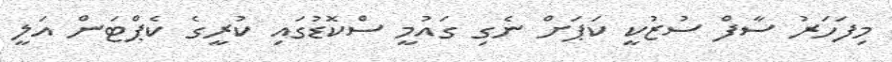
މިފަހަރު ސާފް ސުޒުކީ ކަޕަށް ނެގި ގައުމީ ސްކޮޑުގައި ކުރީގެ ކެޕްޓަން އަލީ